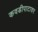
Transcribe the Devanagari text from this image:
कवडीपाटावर